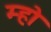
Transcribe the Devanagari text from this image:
म्हो